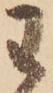
わ